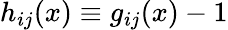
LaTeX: h_{ij}(x)\equiv g_{ij}(x)-1